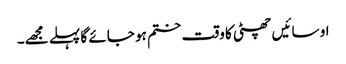
او سائیں چھٹی کا وقت ختم ہو جائے گا پہلے مجھے۔